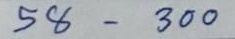
58 - 300